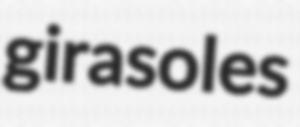
girasoles